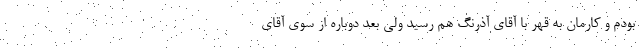
بودم و کارمان به قهر با آقای آذرنگ هم رسید ولی بعد دوباره از سوی آقای